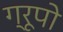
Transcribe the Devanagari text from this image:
ग्रूपो